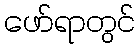
ဖော်ရာတွင်